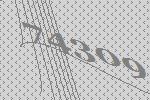
74309